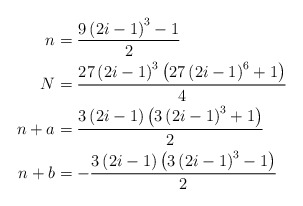
\begin{align*}n & =\frac{9\left(2i-1\right)^{3}-1}{2}\\N & =\frac{27\left(2i-1\right)^{3}\left(27\left(2i-1\right)^{6}+1\right)}{4}\\n+a & =\frac{3\left(2i-1\right)\left(3\left(2i-1\right)^{3}+1\right)}{2}\\n+b & =-\frac{3\left(2i-1\right)\left(3\left(2i-1\right)^{3}-1\right)}{2}\end{align*}